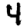
Digit: 4